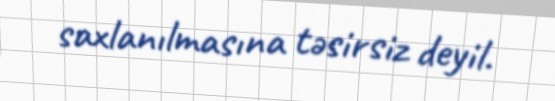
saxlanılmasına təsirsiz deyil.